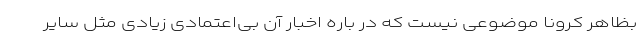
بظاهر کرونا موضوعی نیست که در باره اخبار آن بی‌اعتمادی زیادی مثل سایر